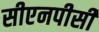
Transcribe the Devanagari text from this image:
सीएनपीसी